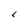
Character: r